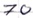
Text: 70